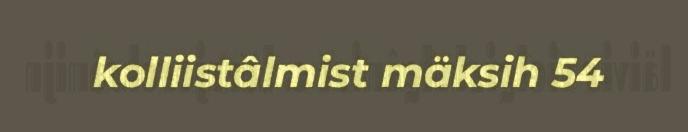
kolliistâlmist mäksih 54